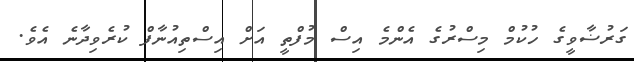
ގަރުޟާވީގެ ހުކުމް މިސްރުގެ އެންމެ އިސް މުފްތީ އަށް އިސްތިއުނާފް ކުރެވިދާނެ އެވެ.